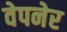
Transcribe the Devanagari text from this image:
वेपनेर